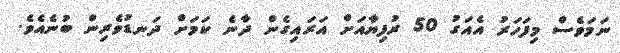
ނަމަވެސް މިފަހަރު އެއަގު 50 ރުފިޔާއަށް އަރައިގެން ދާނެ ކަމަށް ދަނޑުވެރިން ބުނެއެވެ.